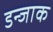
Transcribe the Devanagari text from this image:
डन्जाक